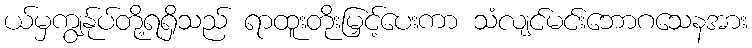
ယ်မှကျွန်ုပ်တို့ရရှိသည် ရာထူးတိုးမြှင့်ပေးကာ သံလျင်မင်းဘောဂသေနအား